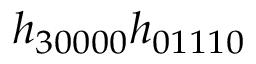
h _ { 3 0 0 0 0 } h _ { 0 1 1 1 0 }